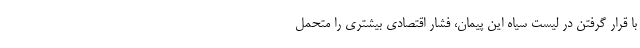
با قرار گرفتن در لیست سیاه این پیمان، فشار اقتصادی بیشتری را متحمل